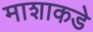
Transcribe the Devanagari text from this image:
माशाकडे